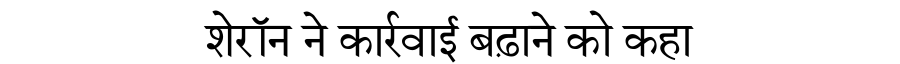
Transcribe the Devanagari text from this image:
शेरॉन ने कार्रवाई बढ़ाने को कहा